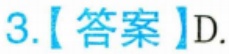
3.【答案】D.